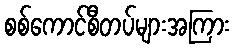
စစ်ကောင်စီတပ်များအကြား